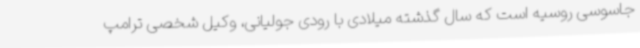
جاسوسی روسیه است که سال گذشته میلادی با رودی جولیانی، وکیل شخصی ترامپ